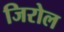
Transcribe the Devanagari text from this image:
जिरोल